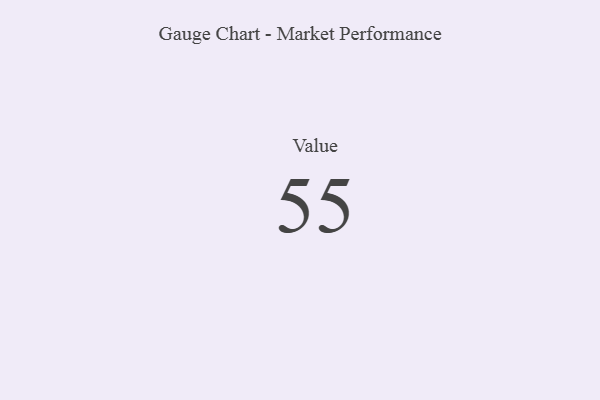
{"axis": {"x": "Metric", "y": "Value"}, "legend": [""], "data": [{"x": "Value", "y": 55, "type": ""}]}